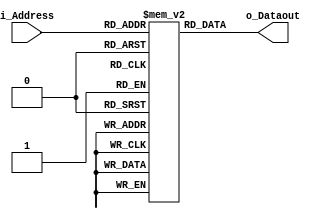
module Instructionmemory(i_Address,o_Dataout);
	input [9:0] i_Address;
	output [31:0] o_Dataout;
	
	reg [31:0] ROM [1023:0];
	
	assign o_Dataout = ROM[i_Address];
	
/*	initial
	   begin
			// Example program:

        ROM[0] = 32'h00000013; // nop (add x0 x0 0)
        
        // start:
        ROM[1] = 32'h00100093; // addi x1 x0 1
        ROM[2] = 32'h00100313; // addi x6 x0 1
        ROM[3] = 32'h00400613; // addi x12 x0 4
        ROM[4] = 32'h00602023; // sw x6 0(x0)        x6 R2 Dep (WB)

        // loop:
        ROM[5] = 32'h00002303; // lw x6 0(x0)        
        ROM[6] = 32'h00130313; // addi x6 x6 1       LoadStall and x6 R1 Dep (WB)
        ROM[7] = 32'h00602023; // sw x6 0(x0)        x6 R2 Dep
        ROM[8] = 32'hFEC34AE3; // blt x6 x12 -12     x6 R1 Dep (WB)

        // finish:
        ROM[9] = 32'h00000013; // nop (add x0 x0 0)
	   end  */
	   
	   
	//multiplication eg

   initial
     begin
      ROM[0]  = 32'h00000013; // nop (add x0 x0 0)	
	  ROM[1]  = 32'h01000513;
	  ROM[2]  = 32'h00100393;
	  ROM[3]  = 32'h00000433;
	  ROM[4]  = 32'h02400a6f;
	  ROM[5]  = 32'h007274b3;
	  ROM[6]  = 32'h00748863;
	  ROM[7]  = 32'h00140413;
	  ROM[8]  = 32'h00139393;
	  ROM[9]  = 32'h00000863;
	  ROM[10] = 32'h008195b3;
	  ROM[11] = 32'h00b282b3;
	  ROM[12] = 32'hfe0006e3;
	  ROM[13] = 32'hfea440e3;
	  ROM[14] = 32'h06502da3;
	  end
	   
	 endmodule